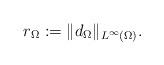
LaTeX: \begin{align*}r_\Omega:=\|d_\Omega\|_{L^\infty(\Omega)}. \end{align*}